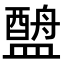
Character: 𬐶